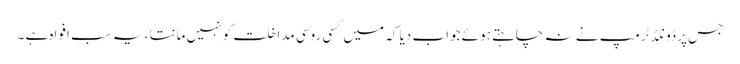
جس پر ڈونلڈ ٹرمپ نے نہ چاہتے ہوئے جواب دیا کہ میں کسی روسی مداخلت کو نہیں مانتا ، یہ سب افواہ ہے ۔